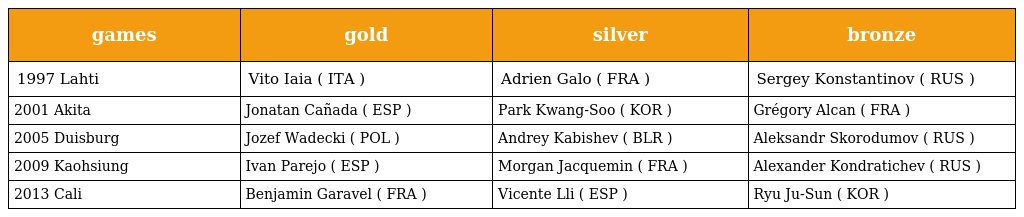
| games | gold | silver | bronze |
 | --- | --- | --- | --- |
 | 1997 Lahti | Vito Iaia ( ITA ) | Adrien Galo ( FRA ) | Sergey Konstantinov ( RUS ) |
 | 2001 Akita | Jonatan Cañada ( ESP ) | Park Kwang-Soo ( KOR ) | Grégory Alcan ( FRA ) |
 | 2005 Duisburg | Jozef Wadecki ( POL ) | Andrey Kabishev ( BLR ) | Aleksandr Skorodumov ( RUS ) |
 | 2009 Kaohsiung | Ivan Parejo ( ESP ) | Morgan Jacquemin ( FRA ) | Alexander Kondratichev ( RUS ) |
 | 2013 Cali | Benjamin Garavel ( FRA ) | Vicente Lli ( ESP ) | Ryu Ju-Sun ( KOR ) |